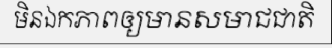
មិនឯកភាពឲ្យមានសមាជជាតិ